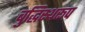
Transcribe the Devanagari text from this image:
बुद्धिस्थरूप